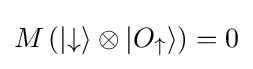
M\left(|{\downarrow }\rangle \otimes |O_{\uparrow }\rangle \right)=0